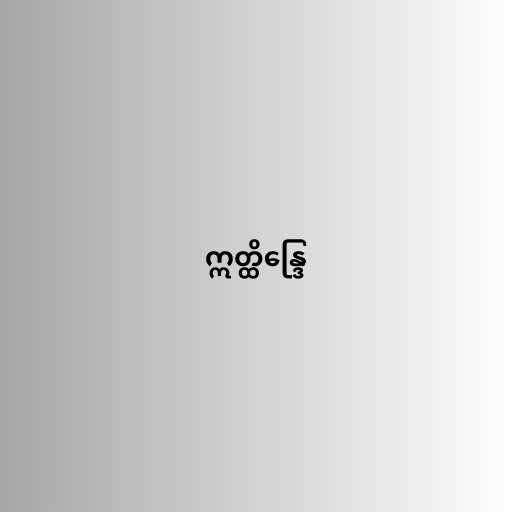
ဣတ္ထိန္ဒြေ